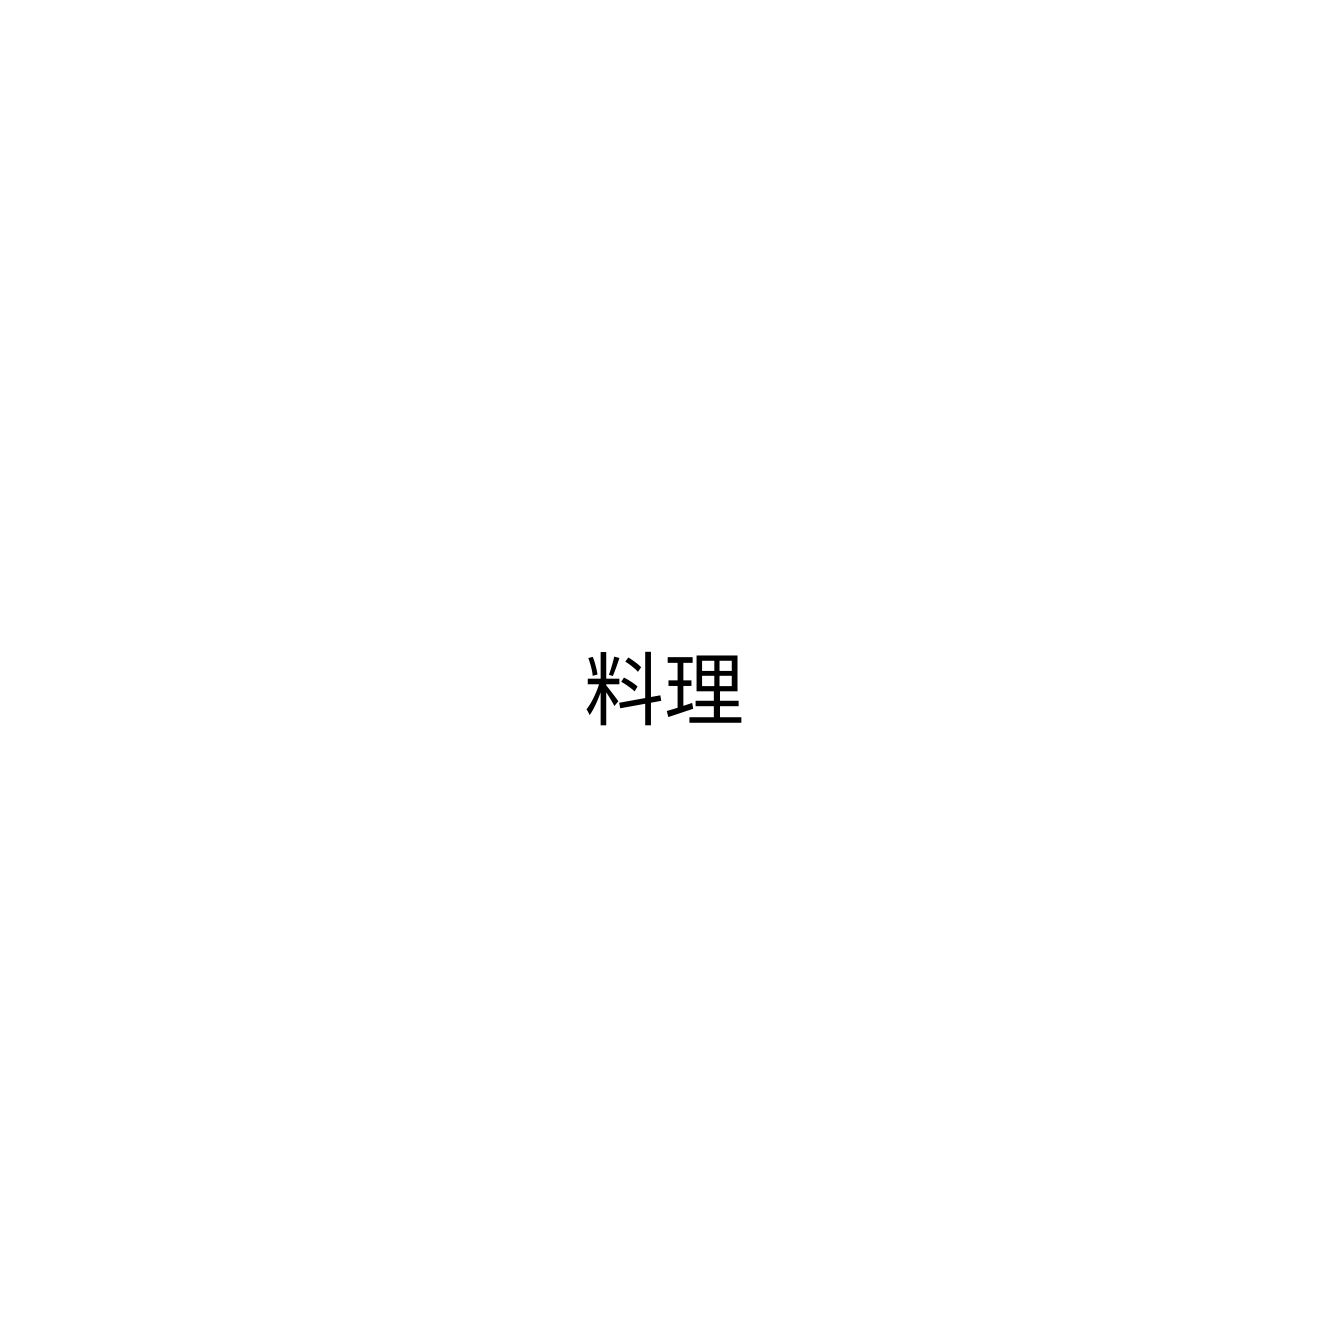
料理